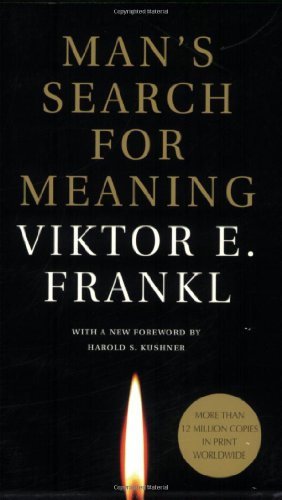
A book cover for Man's Search for Meaning; Viktor E. Frankl; Health, Fitness & Dieting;